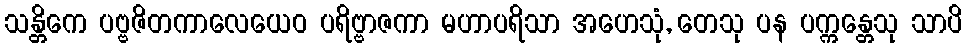
သန္တိကေ ပဗ္ဗဇိတကာလေယေဝ ပရိဗ္ဗာဇကာ မဟာပရိသာ အဟေသုံ, တေသု ပန ပက္ကန္တေသု သာပိ